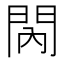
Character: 𨳙